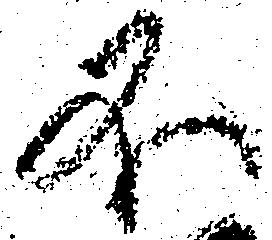
不